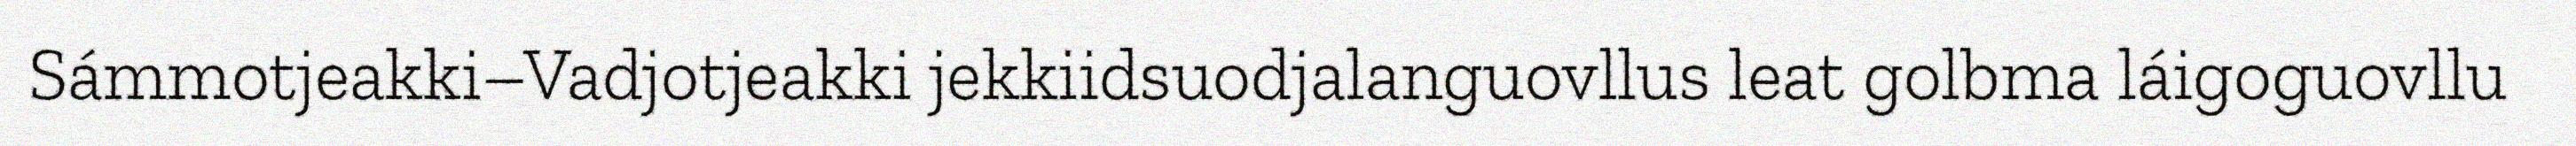
Sámmotjeakki–Vadjotjeakki jekkiidsuodjalanguovllus leat golbma láigoguovllu